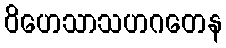
ဝိဟေသာသဟဂတေန